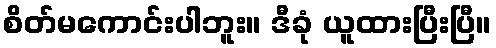
စိတ်မကောင်းပါဘူး။ ဒီခုံ ယူထားပြီးပြီ။